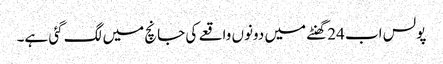
پولس اب 24گھنٹے میں دونوں واقعے کی جانچ میں لگ گئی ہے۔